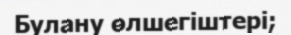
Булану өлшегіштері;